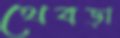
থেবড়া